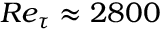
R e _ { \tau } \approx 2 8 0 0